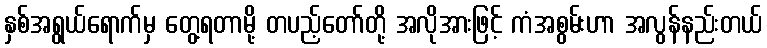
နှစ်အရွယ်ရောက်မှ တွေ့ရတာမို့ တပည့်တော်တို့ အလိုအားဖြင့် ကံအစွမ်းဟာ အလွန်နည်းတယ်